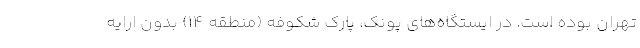
تهران بوده است. در ایستگاه‌های پونک، پارک شکوفه (منطقه ۱۴) بدون ارایه